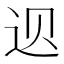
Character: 𲅑